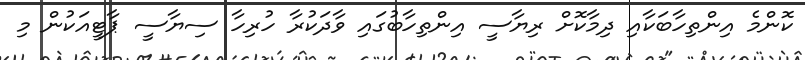
ކޮންމެ އިންތިހާބަކާއި ދިމާކޮށް ރިޔާސީ އިންތިހާބުގައި ވާދަކުރާ ހުރިހާ ސިޔާސީ ޕާޓީއަކުން މި